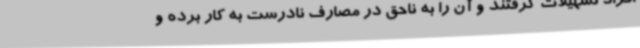
افراد تسهیلات گرفتند و آن را به ناحق در مصارف نادرست به کار برده و